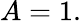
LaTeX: A=1.